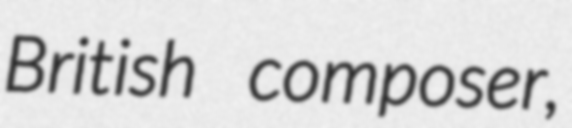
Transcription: British composer,